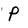
Character: P